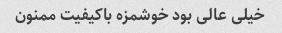
خیلی عالی بود خوشمزه باکیفیت ممنون